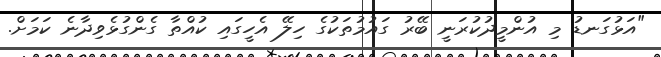
"އަޅުގަނޑު މި އުންމީދުކުރަނީ ބޭރު ގައުމުތަކުގެ ހިލޭ އެހީގައި ކުއްތާ ގެންގުޅެވިދާނެ ކަމަށް.